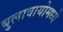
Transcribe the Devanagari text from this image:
बुलावायोमध्ये